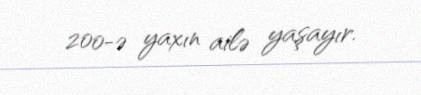
200-ə yaxın ailə yaşayır.